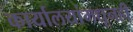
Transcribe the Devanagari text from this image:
कार्यालयांमधूनही